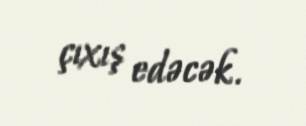
çıxış edəcək.